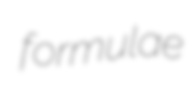
formulae